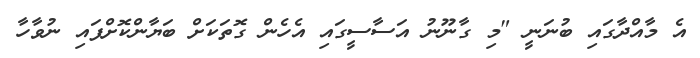
އެ މާއްދާގައި ބުނަނީ "މި ގާނޫނު އަސާސީގައި އެހެން ގޮތަކަށް ބަޔާންކޮށްފައި ނުވާހާ